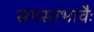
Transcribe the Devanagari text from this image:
समस्तभावैः